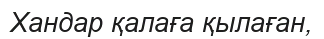
Хандар қалаға қылаған,